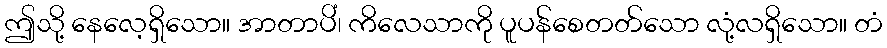
ဤသို့ နေလေ့ရှိသော။ အာတာပိံ၊ ကိလေသာကို ပူပန်စေတတ်သော လုံ့လရှိသော။ တံ